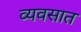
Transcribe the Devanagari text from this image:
व्यवसात